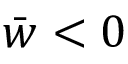
{ \bar { w } } < 0